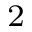
^ 2